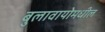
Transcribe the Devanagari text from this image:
बुलावायोमधील